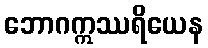
ဘောဂဣဿရိယေန